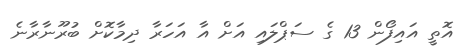
އޮތީ އައިފޯން 13 ގެ ސަޕްލައި އަށް އާ އަހަރާ ދިމާކޮށް ބުރޫނާރާނެ